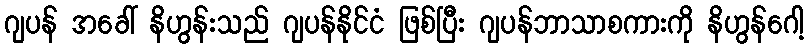
ဂျပန် အခေါ် နိဟွန်းသည် ဂျပန်နိုင်ငံ ဖြစ်ပြီး ဂျပန်ဘာသာစကားကို နိဟွန်ဂေါ့